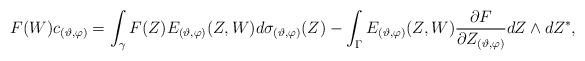
LaTeX: \begin{align*} & F(W)c_{(\vartheta,\varphi)} =\int_{\gamma } F (Z )E_{(\vartheta, \varphi)} (Z , W )d\sigma_{(\vartheta, \varphi)}(Z ) - \int_{\Gamma} E_{(\vartheta , \varphi)}(Z ,W ) \frac{\partial F }{\partial Z_{(\vartheta,\varphi)}} dZ\wedge dZ^{*},\end{align*}